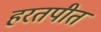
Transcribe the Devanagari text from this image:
हरतपीत